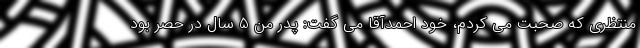
منتظری که صحبت می کردم، خود احمدآقا می گفت: پدر من 5 سال در حصر بود